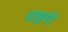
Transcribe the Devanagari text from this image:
वाङ्मयी